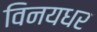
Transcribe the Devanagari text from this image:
विनयधर